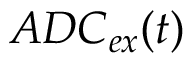
A D C _ { e x } ( t )